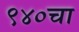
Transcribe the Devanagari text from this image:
९४०चा